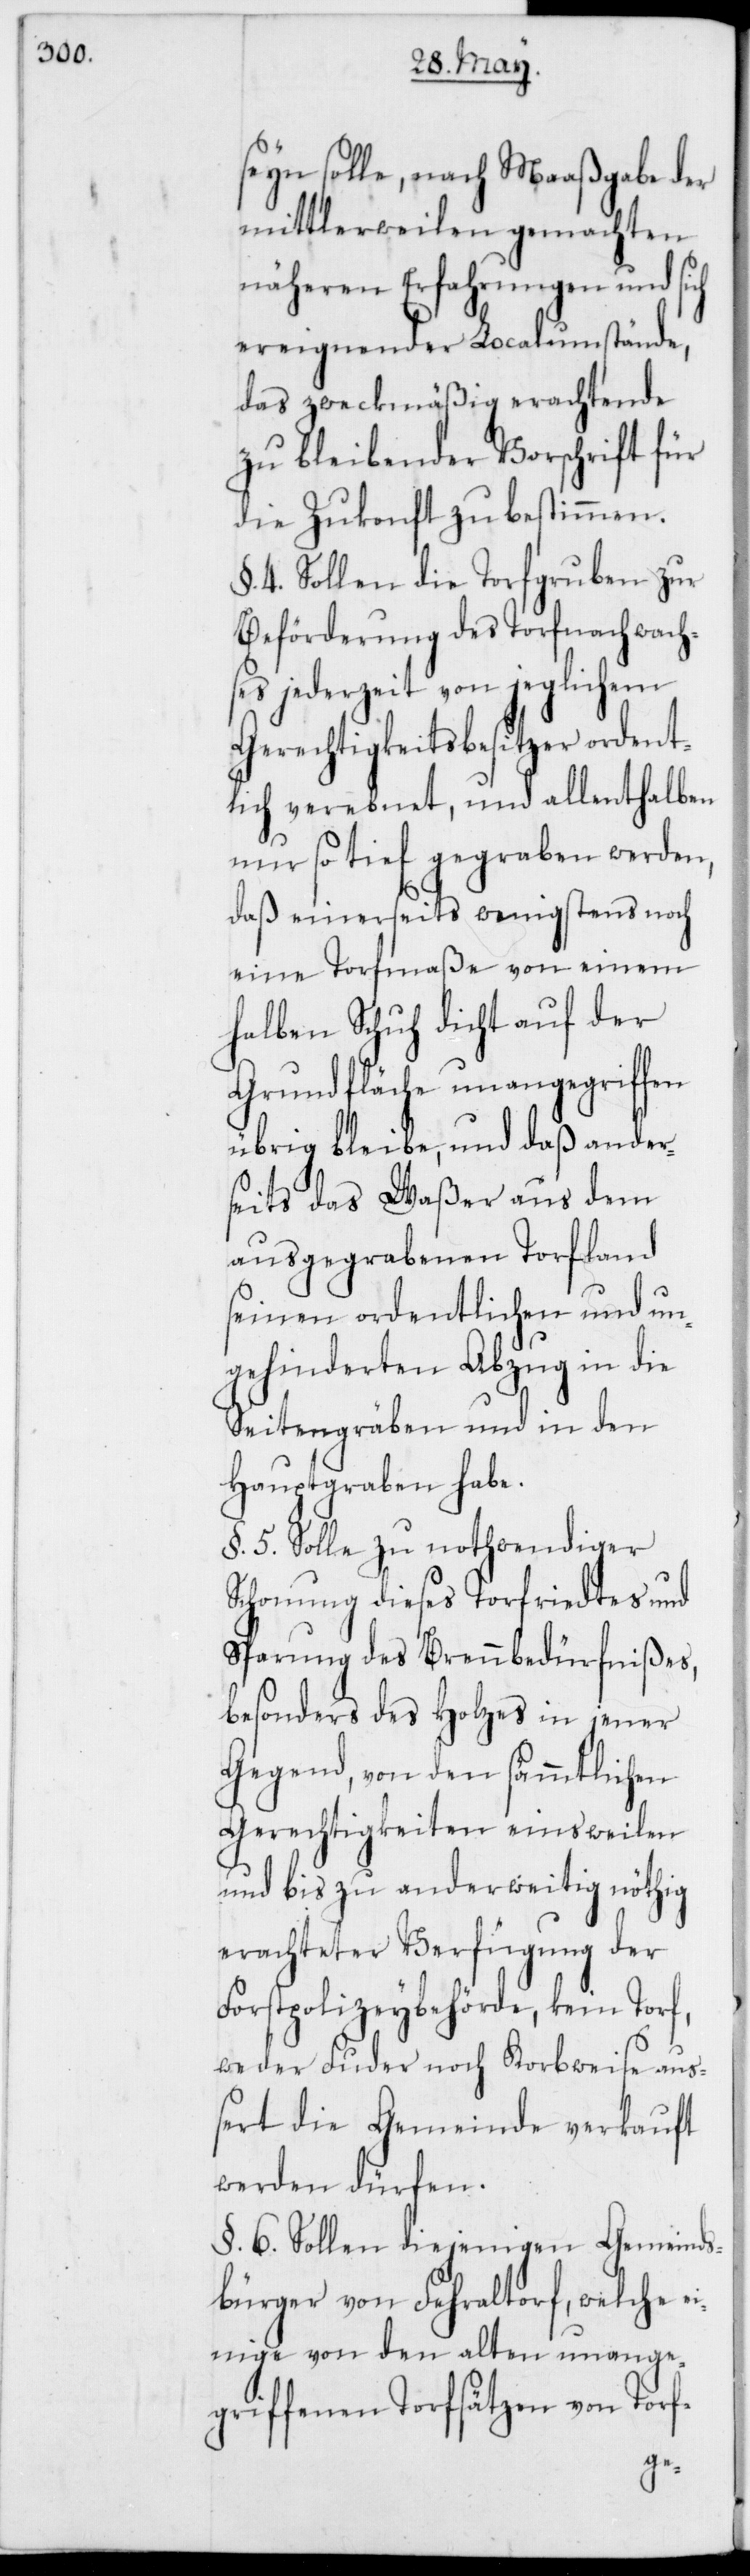
seyn solle, nach Maaßgabe der
mittlerweilen gemachten
näheren Erfahrungen und sich
ereignender Localumstände,
das zweckmäßig erachtende
zu bleibender Vorschrift für
die Zukonft zu bestimmen.
§. 4. Sollen die Torfgruben zur
Beförderung des Torfnachwach¬
ses jederzeit von jeglichem
Gerechtigkeitsbesitzer ordent¬
lich verebnet, und allenthalben
nur so tief gegraben werden,
daß einerseits wenigstens noch
eine Torfmaße von einem
halben Schuh dicht auf der
Grundfälche unangegriffen
übrig bleibe, und daß ander¬
seits das Waßer aus dem
ausgegrabenen Torfland
seinen ordentlichen und un¬
gehindereten Abzug in die
Seitengräben und in den
Hauptgraben habe.
§. 5. Solle zu nothwendiger
Schonung dieses Torfriedtes und
Sparung des Brennbedürfnißes,
besonders des Holzes in jener
Gegend, von den sämmtlichen
Gerechtigkeiten einstweilen
und bis zu anderweitig nöthig
erachteter Verfügung der
Forstpolizeybehörde, kein Torf,
weder Fuder noch Korbweise au¬
ßert die Gemeinde verkauft
werden dürfen.
§. 6. Sollen diejenigen Gemeinds¬
bürger von Fehraltorf, welche e¬
inige von den alten unange¬
griffenen Torfsätzen von Torf-